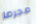
مجرما